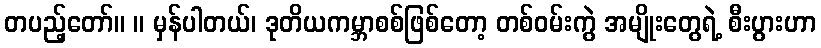
တပည့်တော်။ ။ မှန်ပါတယ်၊ ဒုတိယကမ္ဘာစစ်ဖြစ်တော့ တစ်ဝမ်းကွဲ အမျိုးတွေရဲ့ စီးပွားဟာ